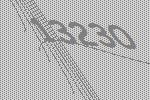
13230